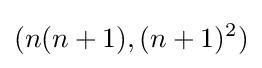
(n(n+1),(n+1)^{2})